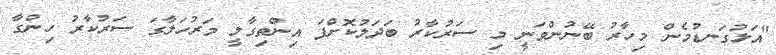
"އަޅުގަނޑުމެން މިހާރު ބޭނުންވަނީ މި ސަރުކާރު ބަދަލުކޮށްފަ އިންތިގާލީ މަރުހަލާގަ ސަރުކާރު ހިންގާ